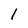
Character: 1